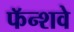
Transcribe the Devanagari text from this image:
फॅन्शवे